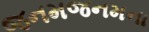
જનમજનમના